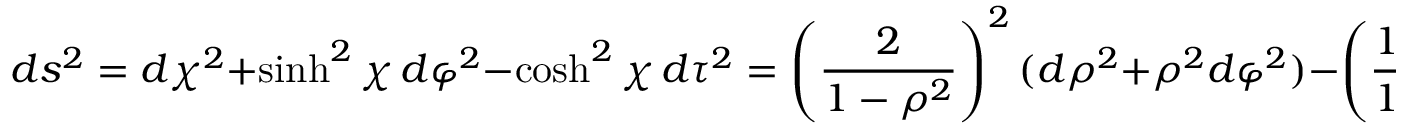
d s ^ { 2 } = d \chi ^ { 2 } + \sinh ^ { 2 } \chi \, d \varphi ^ { 2 } - \cosh ^ { 2 } \chi \, d \tau ^ { 2 } = \left( { \frac { 2 } { 1 - \rho ^ { 2 } } } \right) ^ { 2 } ( d \rho ^ { 2 } + \rho ^ { 2 } d \varphi ^ { 2 } ) - \left( { \frac { 1 + \rho ^ { 2 } } { 1 - \rho ^ { 2 } } } \right) ^ { 2 } d \tau ^ { 2 } .